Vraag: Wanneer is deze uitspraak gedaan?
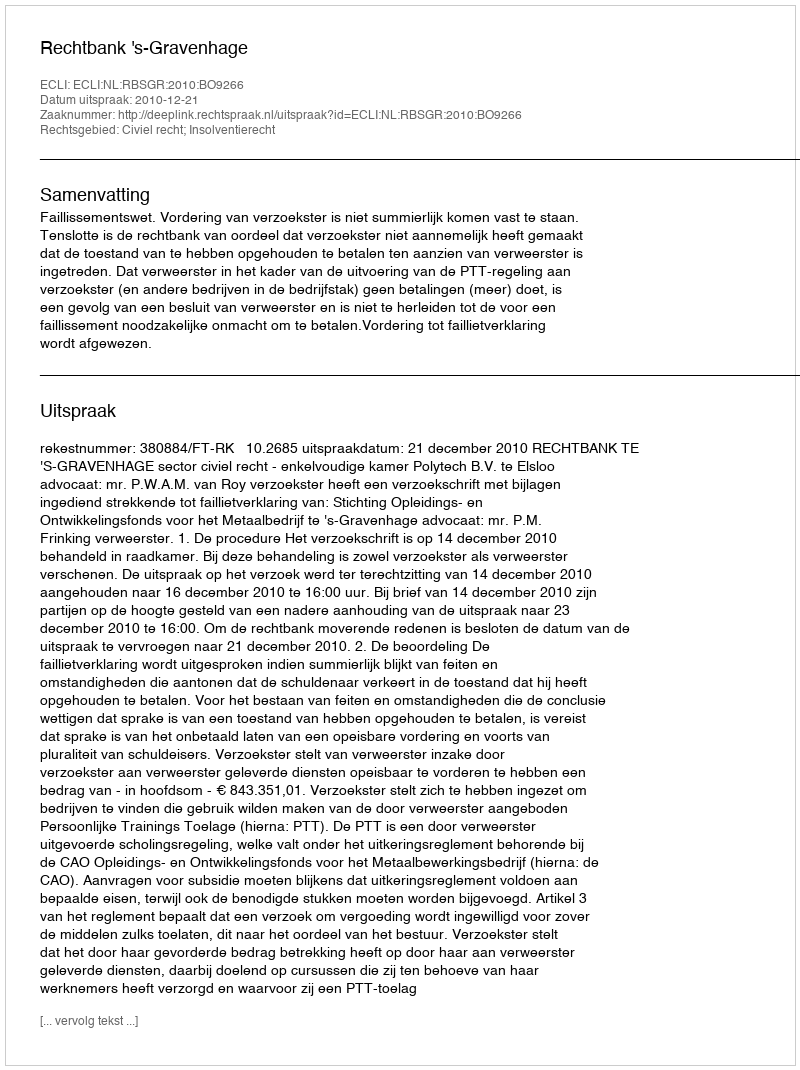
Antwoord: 2010-12-21